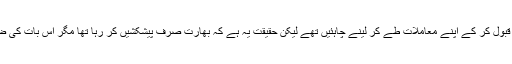
انھوں نے کہا کہ لوگ کہتے ہیں کہ ہمیں بھارت سے دوطرفہ سیریز کھیلنے کی پیشکش قبول کر کے اپنے معاملات طے کر لینے چاہئیں تھے لیکن حقیقت یہ ہے کہ بھارت صرف پیشکشیں کر رہا تھا مگر اس بات کی ضمانت دینے کے لیے تیار نہیں تھا کہ سیریز نہ ہونے کی صورت میں وہ ہرجانہ دے گا۔